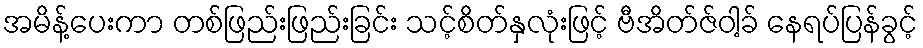
အမိန့်ပေးကာ တစ်ဖြည်းဖြည်းခြင်း သင့်စိတ်နှလုံးဖြင့် ဗီအိတ်ဇ်ဝါ့ခ် နေရပ်ပြန်ခွင့်